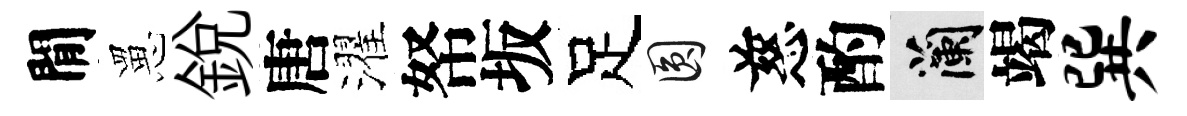
閒罳銳唐濯帑坂足圓慈酌蘭竭巽